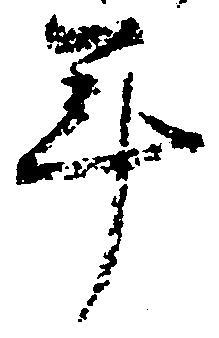
年